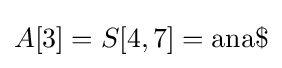
A[3]=S[4,7]={\textrm {ana\$}}